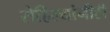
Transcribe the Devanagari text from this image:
रोहिल्यांनीही